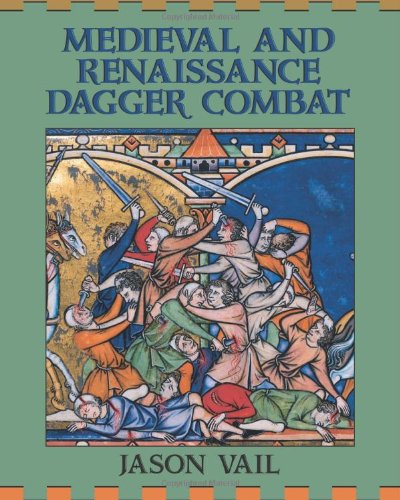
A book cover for Medieval And Renaissance Dagger Combat; Jason Vail; Sports & Outdoors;